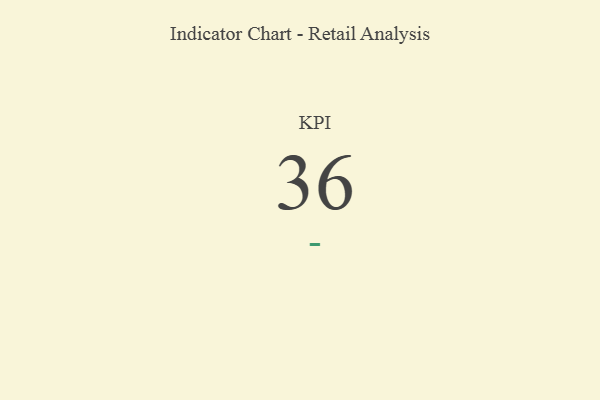
{"axis": {"x": "KPI", "y": "Value"}, "legend": [""], "data": [{"x": "KPI", "y": 36, "type": ""}]}